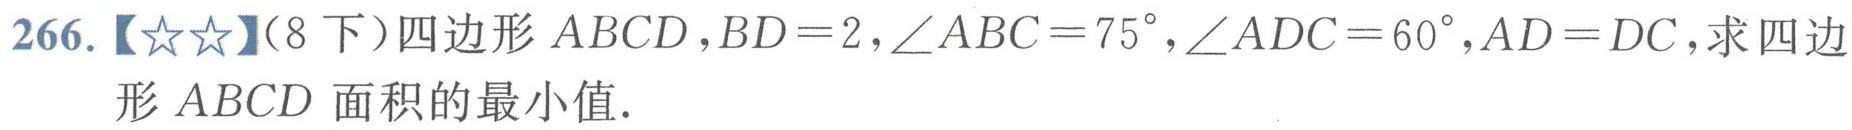
266.【☆☆】(8下）四边形\(ABCD\),\(BD = 2\),\(\angle ABC = 75^{\circ}\),\(\angle ADC = 60^{\circ}\),\(AD = DC\),求四边形\(ABCD\)面积的最小值.